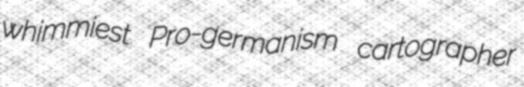
whimmiest Pro-germanism cartographer